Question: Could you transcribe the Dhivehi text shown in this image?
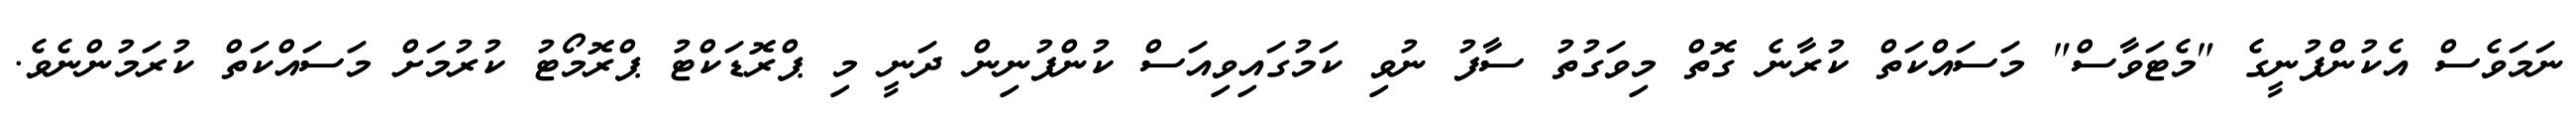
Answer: ނަމަވެސް އެކުންފުނީގެ "މެޓަވާސް" މަސައްކަތް ކުރާނެ ގޮތް މިވަގުތު ސާފު ނުވި ކަމުގައިވިއަސް ކުންފުނިން ދަނީ މި ޕްރޮޑަކްޓު ޕްރޮމޯޓު ކުރުމަށް މަސައްކަތް ކުރަމުންނެވެ.